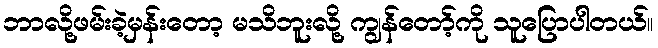
ဘာလို့ဖမ်းခဲ့မှန်းတော့ မသိဘူးလို့ ကျွန်တော့်ကို သူပြောပါတယ်။